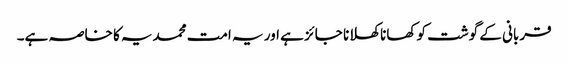
قربانی کے گوشت کو کھانا کھلانا جائز ہے اور یہ امت محمدیہ کا خاصہ ہے۔